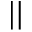
| |